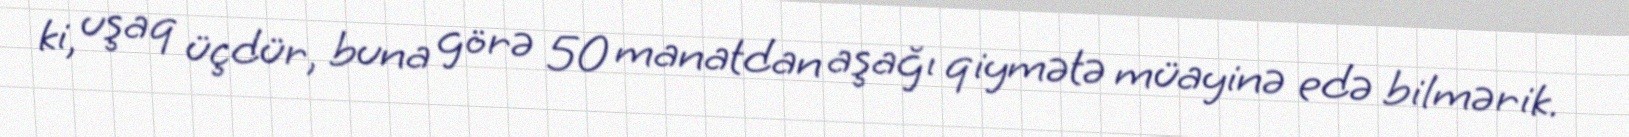
ki, uşaq üçdür, buna görə 50 manatdan aşağı qiymətə müayinə edə bilmərik.